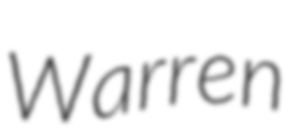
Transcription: Warren